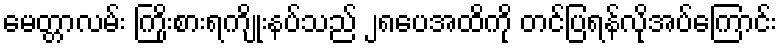
မေတ္တာလမ်း ကြိုးစားရကျိုးနပ်သည် ၂၈ပေအထိကို တင်ပြရန်လိုအပ်ကြောင်း